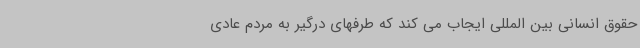
حقوق انسانی بین المللی ایجاب می کند که طرفهای درگیر به مردم عادی